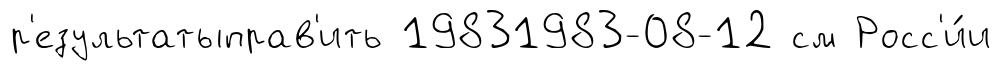
р'езультатыправ'ить 19831983-08-12 см Росс'и́и